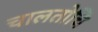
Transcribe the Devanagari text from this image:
चालतोचि